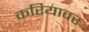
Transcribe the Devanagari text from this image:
करियावर